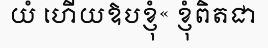
យំ ហើយឱបខ្ញុំ« ខ្ញុំពិតជា